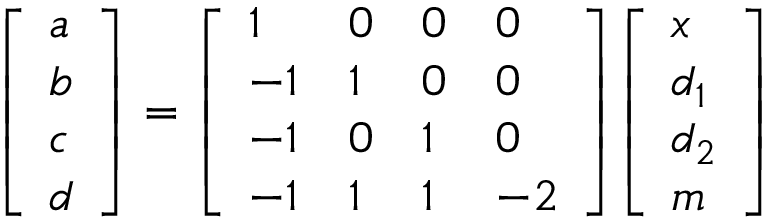
{ \left[ \begin{array} { l } { a } \\ { b } \\ { c } \\ { d } \end{array} \right] } = { \left[ \begin{array} { l l l l } { 1 } & { 0 } & { 0 } & { 0 } \\ { - 1 } & { 1 } & { 0 } & { 0 } \\ { - 1 } & { 0 } & { 1 } & { 0 } \\ { - 1 } & { 1 } & { 1 } & { - 2 } \end{array} \right] } { \left[ \begin{array} { l } { x } \\ { d _ { 1 } } \\ { d _ { 2 } } \\ { m } \end{array} \right] }